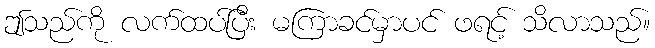
ဤသည်ကို လက်ထပ်ပြီး မကြာခင်မှာပင် ဖရင့် သိလာသည်။